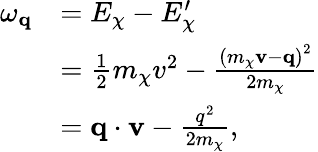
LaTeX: \begin{array}{rl}{\omega_{\mathbf{q}}}&{=E_{\chi}-E_{\chi}^{\prime}}\\ &{=\frac{1}{2}m_{\chi}v^{2}-\frac{\left(m_{\chi}\mathbf{v}-\mathbf{q}\right)^{2}}{2m_{\chi}}}\\ &{=\mathbf{q}\cdot\mathbf{v}-\frac{q^{2}}{2m_{\chi}},}\end{array}